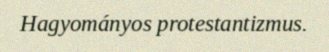
Hagyományos protestantizmus.